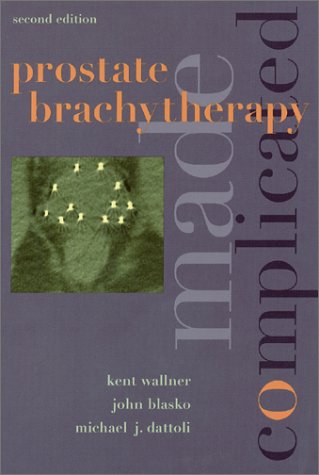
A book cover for Prostate Brachytherapy Made Complicated (2nd Edition); Michael J. Dattoli; Health, Fitness & Dieting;